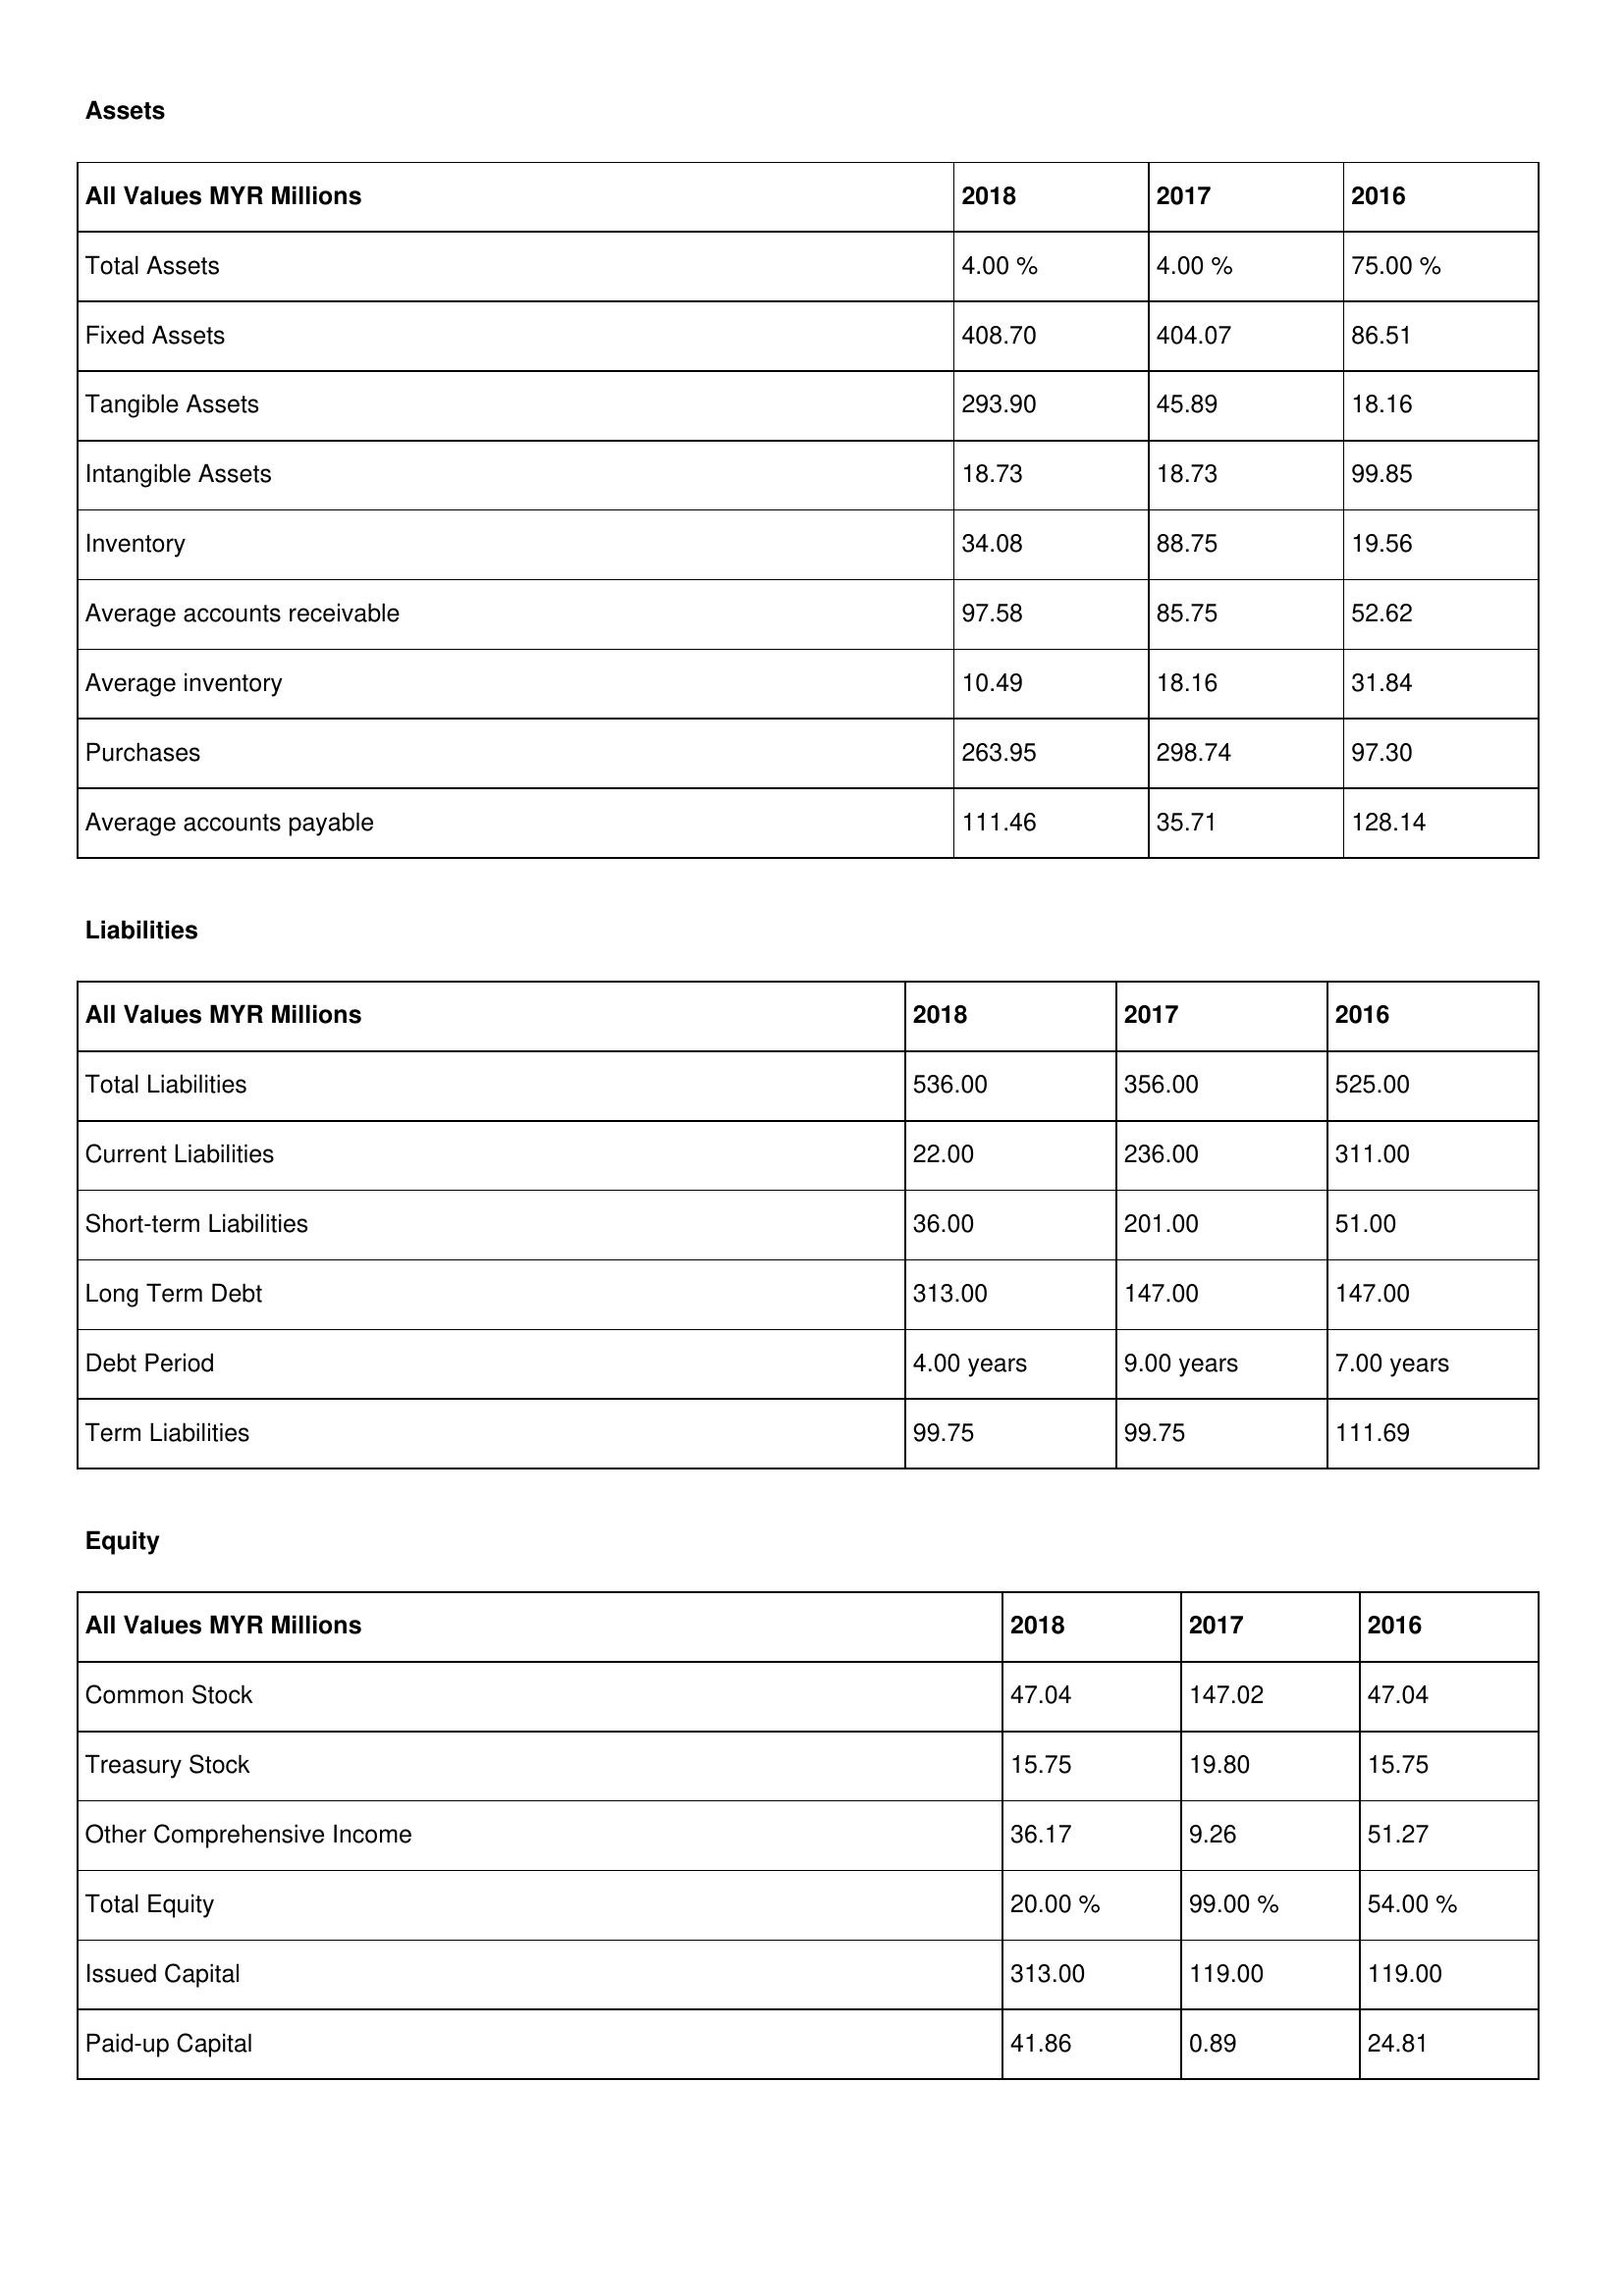
gt_parse: 2018: Assets: Total Assets: 4.00 %
Fixed Assets: 408.70
Tangible Assets: 293.90
Intangible Assets: 18.73
Inventory: 34.08
Average accounts receivable: 97.58
Average inventory: 10.49
Purchases: 263.95
Average accounts payable: 111.46
Liabilities: Total Liabilities: 536.00
Current Liabilities: 22.00
Short-term Liabilities: 36.00
Long Term Debt: 313.00
Debt Period: 4.00 years
Term Liabilities: 99.75
Equity: Common Stock: 47.04
Treasury Stock: 15.75
Other Comprehensive Income: 36.17
Total Equity: 20.00 %
Issued Capital: 313.00
Paid-up Capital: 41.86
2017: Assets: Total Assets: 4.00 %
Fixed Assets: 404.07
Tangible Assets: 45.89
Intangible Assets: 18.73
Inventory: 88.75
Average accounts receivable: 85.75
Average inventory: 18.16
Purchases: 298.74
Average accounts payable: 35.71
Liabilities: Total Liabilities: 356.00
Current Liabilities: 236.00
Short-term Liabilities: 201.00
Long Term Debt: 147.00
Debt Period: 9.00 years
Term Liabilities: 99.75
Equity: Common Stock: 147.02
Treasury Stock: 19.80
Other Comprehensive Income: 9.26
Total Equity: 99.00 %
Issued Capital: 119.00
Paid-up Capital: 0.89
2016: Assets: Total Assets: 75.00 %
Fixed Assets: 86.51
Tangible Assets: 18.16
Intangible Assets: 99.85
Inventory: 19.56
Average accounts receivable: 52.62
Average inventory: 31.84
Purchases: 97.30
Average accounts payable: 128.14
Liabilities: Total Liabilities: 525.00
Current Liabilities: 311.00
Short-term Liabilities: 51.00
Long Term Debt: 147.00
Debt Period: 7.00 years
Term Liabilities: 111.69
Equity: Common Stock: 47.04
Treasury Stock: 15.75
Other Comprehensive Income: 51.27
Total Equity: 54.00 %
Issued Capital: 119.00
Paid-up Capital: 24.81